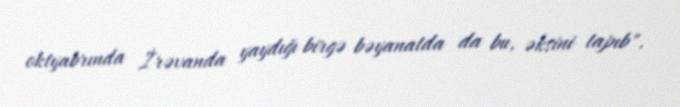
oktyabrında İrəvanda yaydığı birgə bəyanatda da bu, əksini tapıb".